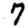
Digit: 7